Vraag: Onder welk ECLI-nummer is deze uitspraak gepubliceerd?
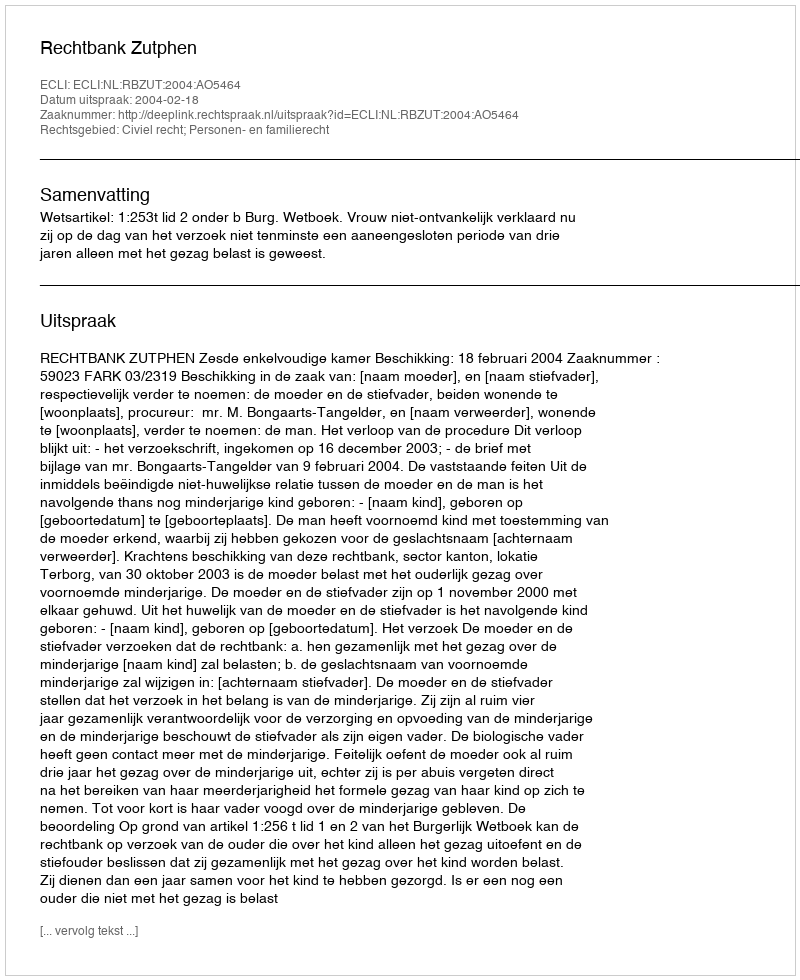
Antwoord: ECLI:NL:RBZUT:2004:AO5464